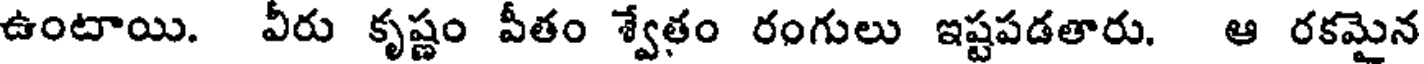
ఉంటాయి. వీరు కృష్ణం పీతం శ్వేతం రంగులు ఇష్టపడతారు. ఆ రకమైన